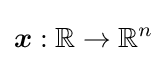
{\boldsymbol {x}}:\mathbb {R} \to \mathbb {R} ^{n}